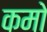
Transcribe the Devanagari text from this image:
कमो